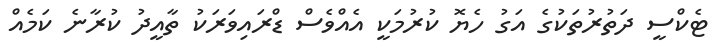
ޓެކްސީ ދަތުރުތަކުގެ އަގު ހެޔޮ ކުރުމަކީ އެއްވެސް ޑްރައިވަރަކު ތާއީދު ކުރާނެ ކަމެއް